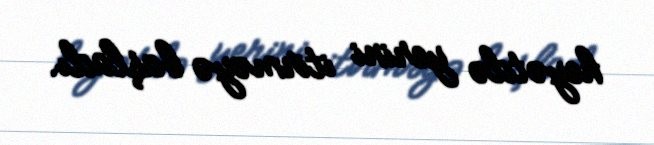
heyətdə yerini itirməyə başladı.